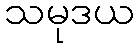
သမုဒယ